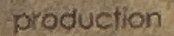
production